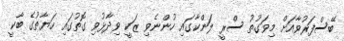
ބޭސްފަރުވާއަށް މިވަގުތު ސްރީ ލަންކާގައި ހުންނެވި ޒަކީ ވިދާޅުވި ގޮތުގައި ހަޔާތުގެ ބާކީ